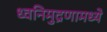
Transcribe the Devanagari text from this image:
ध्वनिमुद्रणामध्ये